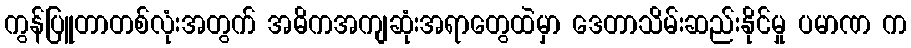
ကွန်ပြူတာတစ်လုံးအတွက် အဓိကအကျဆုံးအရာတွေထဲမှာ ဒေတာသိမ်းဆည်းနိုင်မှု ပမာဏ က